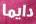
دايما